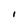
Character: l